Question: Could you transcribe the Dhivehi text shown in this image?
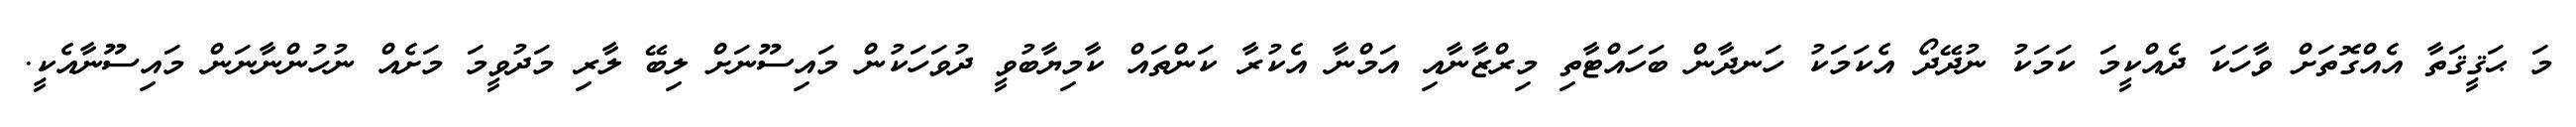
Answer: މަ ޙަޤީޤަތާ އެއްގޮތަށް ވާހަކަ ދެއްކީމަ ކަމަކު ނުދޭދޯ އެކަމަކު ހަނދާން ބަހައްޓާތި މިރްޒާނާއި އަމްނާ އެކުރާ ކަންތައް ކާމިޔާބުވީ ދުވަހަކުން މައިސޫނަށް ލިބޭ ލާރި މަދުވީމަ މަށެއް ނުހުންނާނަން މައިސޫނާއެކީ.